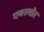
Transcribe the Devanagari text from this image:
एवरमोर